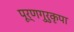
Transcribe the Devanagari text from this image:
पूर्णगुरुकृपा